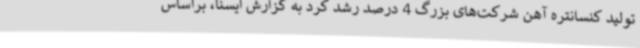
تولید کنسانتره آهن شرکت‌های بزرگ 4 درصد رشد کرد به گزارش ایسنا، براساس